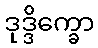
ဒုဒ္ဒိက္ခော